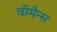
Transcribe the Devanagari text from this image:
वीमैन्स